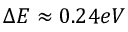
\Delta E \approx 0 . 2 4 e V